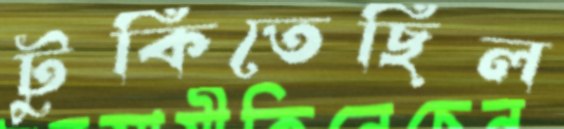
টুকিতেছিল